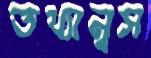
তথ্যানুস